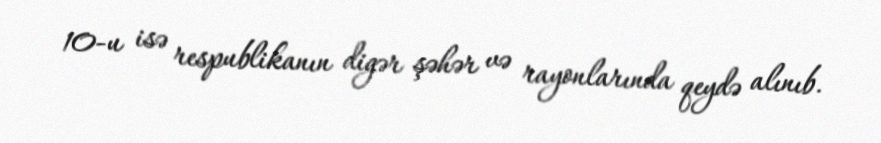
10-u isə respublikanın digər şəhər və rayonlarında qeydə alınıb.